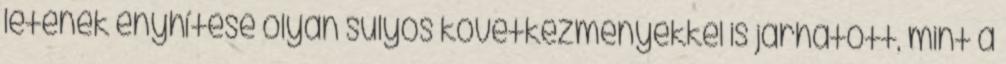
letének enyhítése olyan súlyos következményekkel is járhatott, mint a